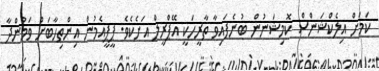
ކަމަށް އިލެކްޝަންސް ކޮމިޝަނުން ބުނެފައިވާ ތާރީހަކީ އޭޕްރީލް އަށެކެވެ. ޕީޕީއެމުން އިންތިހާބަށް ވަމުންދާ